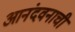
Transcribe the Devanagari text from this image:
आनंदवनाची